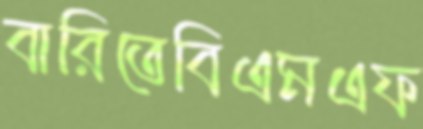
বারিতেবিএমএফ